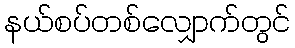
နယ်စပ်တစ်လျှောက်တွင်